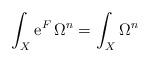
LaTeX: \begin{align*}\int_X {\rm e}^F\,\Omega^n=\int_X \Omega^n\end{align*}